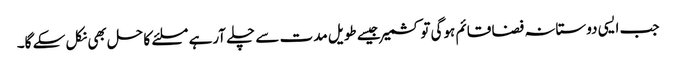
جب ایسی دوستانہ فضا قائم ہوگی تو کشمیر جیسے طویل مدت سے چلے آرہے مسلئے کا حل بھی نکل سکے گا۔